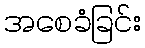
အစေခံခြင်း